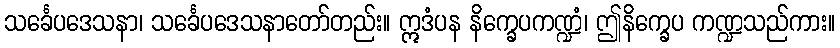
သင်္ခေပဒေသနာ၊ သင်္ခေပဒေသနာတော်တည်း။ ဣဒံပန နိက္ခေပကဏ္ဍံ၊ ဤနိက္ခေပ ကဏ္ဍသည်ကား။